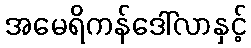
အမေရိကန်ဒေါ်လာနှင့်